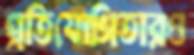
প্রতিযোগিতারও